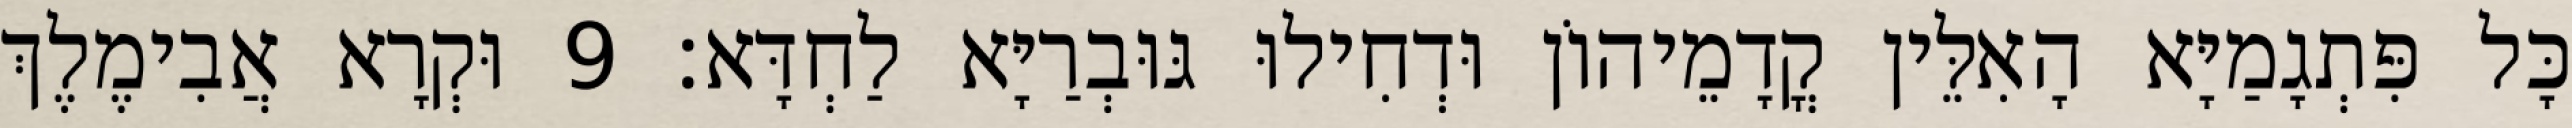
כָּל פִּתְגָמַיָּא הָאִלֵּין קֳדָמֵיהוֹן וּדְחִילוּ גּוּבְרַיָּא לַחְדָּא׃ 9 וּקְרָא אֲבִימֶלֶךְ